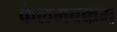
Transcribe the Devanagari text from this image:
केलमबक्कम